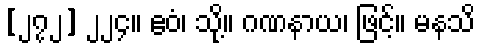
[၂၇၂] ၂၂၄။ ဧဝံ၊ သို့။ ဂဏနာယ၊ ဖြင့်။ မနသိ